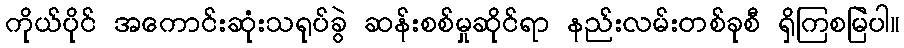
ကိုယ်ပိုင် အကောင်းဆုံးသရုပ်ခွဲ ဆန်းစစ်မှုဆိုင်ရာ နည်းလမ်းတစ်ခုစီ ရှိကြစမြဲပါ။